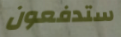
ستدفعون